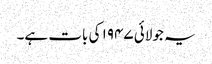
یہ جولائی ۱۹۴۷ کی بات ہے۔